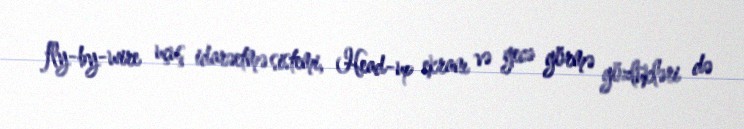
fly-by-wire uçuş idarəetmə sistemi, Head-up ekranı və gecə görmə gözlükləri də